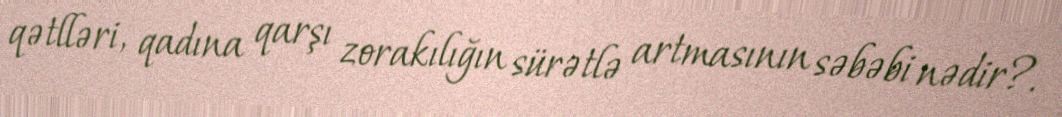
qətlləri, qadına qarşı zorakılığın sürətlə artmasının səbəbi nədir?.